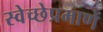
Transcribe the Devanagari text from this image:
स्वेच्छेप्रमाणें